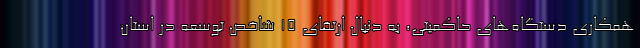
همکاری دستگاه‌های حاکمیتی، به دنبال ارتقای ۱۵ شاخص توسعه در استان